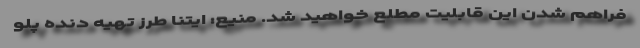
فراهم شدن این قابلیت مطلع خواهید شد. منیع: ایتنا طرز تهیه دنده پلو